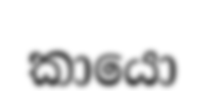
කායො